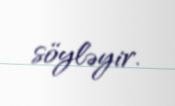
söyləyir.